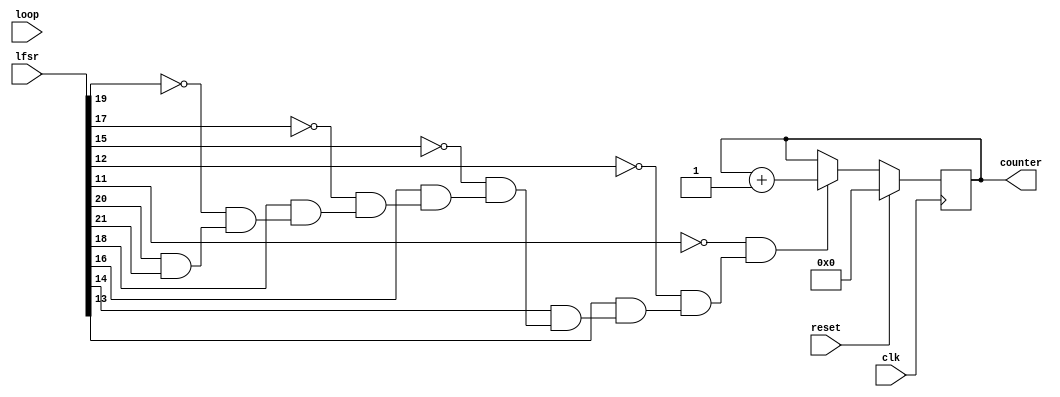
//`timescale 1ns / 1ps
//////////////////////////////////////////////////////////////////////////////////
// Company: Trinity College Dublin
// 
// Module Name: patternDetector.v
// 
//////////////////////////////////////////////////////////////////////////////////

module patternDetector (
    input wire[21:0] lfsr,
    input clk, reset,
    input loop,
    output reg [12:0] counter
);
    localparam pattern = 11'b11010101100;
    
    wire [10:0] boolCheck;
    assign boolCheck = (lfsr[21:11] ^~ pattern[10:0]);
    wire matches;
    //assign matches = boolCheck[0] & boolCheck[1] & boolCheck[2] & boolCheck[3] & boolCheck[4] & boolCheck[5] & boolCheck[6] & boolCheck[7] & boolCheck[8] & boolCheck[9] & boolCheck[10];
    reg tenLock, nineLock, eightLock, sevenLock, sixLock, fiveLock;
    reg fourLock, threeLock, twoLock, oneLock, zeroLock, setZeroNextClock;
    // Enter loop every positive edge of clock 
    always @(posedge clk) begin
        // Only write high if it matches
        if(lfsr[21] ^~ pattern[10]) tenLock = 0; else tenLock = 1;
        if(lfsr[20] ^~ pattern[9] && tenLock == 0) nineLock = 0; else nineLock = 1;
        if(lfsr[19] ^~ pattern[8] && nineLock == 0) eightLock = 0; else eightLock = 1;
        if(lfsr[18] ^~ pattern[7] && eightLock == 0) sevenLock = 0; else sevenLock = 1;
        if(lfsr[17] ^~ pattern[6] && sevenLock == 0) sixLock = 0; else sixLock = 1;
        if(lfsr[16] ^~ pattern[5] && sixLock == 0) fiveLock = 0; else fiveLock = 1;
        if(lfsr[15] ^~ pattern[4] && fiveLock == 0) fourLock = 0; else fourLock = 1;
        if(lfsr[14] ^~ pattern[3] && fourLock == 0) threeLock = 0; else threeLock = 1;
        if(lfsr[13] ^~ pattern[2] && threeLock == 0) twoLock = 0; else twoLock = 1;
        if(lfsr[12] ^~ pattern[1] && twoLock == 0) oneLock = 0; else oneLock = 1;
        if(lfsr[11] ^~ pattern[0] && oneLock == 0) zeroLock = 0; else zeroLock = 1;
        if(zeroLock == 0) counter = counter + 1; else;
        // reset counter if either of these conditions are met
        if (reset == 1) counter = 0;
        else;
    end
    initial counter = 0; 

endmodule